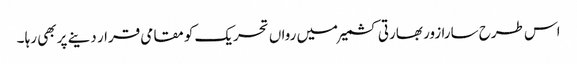
اس طرح سارا زور بھارتی کشمیر میں رواں تحریک کو مقامی قرار دینے پر بھی رہا ۔